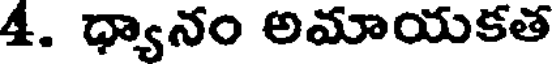
4. ధ్యానం అమాయకత